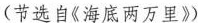
﹙节选自《海底两万里》﹚